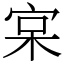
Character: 宲